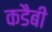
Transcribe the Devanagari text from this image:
कडैबी